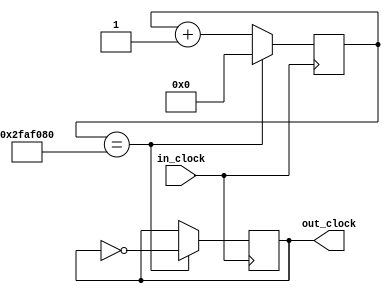
module divisorClock(in_clock, out_clock);

input wire in_clock;
output reg out_clock = 0;

reg[31:0] fraclock = 0;

always @(posedge in_clock) begin
fraclock <=  fraclock + 1;
if (fraclock == 50000000) begin
fraclock <= 0;
out_clock <= ~out_clock;
end
end

endmodule